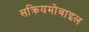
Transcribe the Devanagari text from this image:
सक्रियमोबाइल